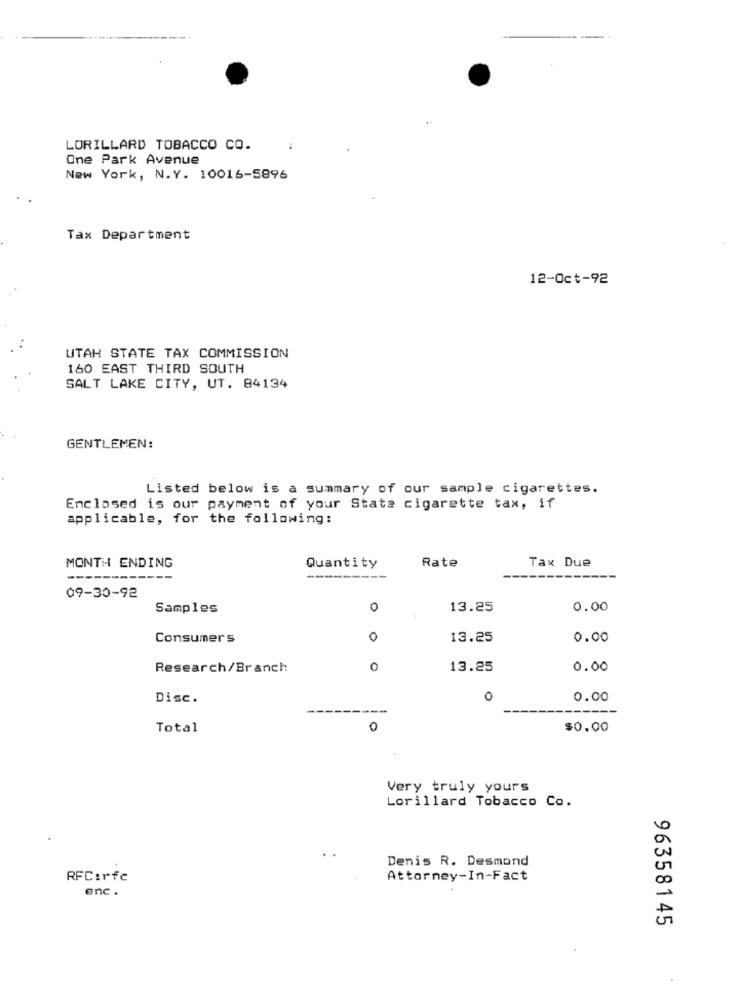
LORILLARD TOBACCO CO.
:
One Park Avenue
New York, N.Y. 10016-5896
Tax Department
12-Oct-92
UTAH STATE TAX COMMISSION
160 EAST THIRD SOUTH
SALT LAKE CITY, UT. 84134
GENTLEMEN:
Listed below is a summary of our sample cigarettes.
Enclosed is our payment of your State cigarette tax, if
applicable, for the following:
Rate
Tax Due
MONTH ENDING
Quantity
09-30-92
Samples
0
13.25
0.00
Consumers
0
13.25
0.00
Research/Branch
0
13.25
0.00
Disc .
O
0.00
Total
0
$0.00
Very truly yours
Lorillard Tobacco Co.
Denis R. Desmond
RFC:rfc
Attorney-In-Fact
enc .
96358145